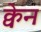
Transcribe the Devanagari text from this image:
क्वेन